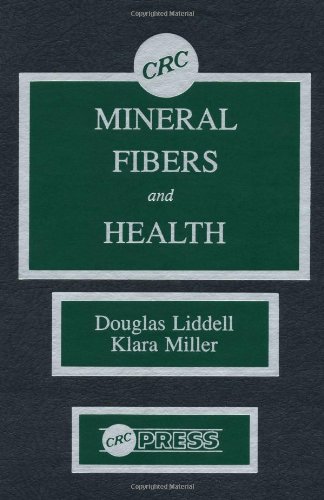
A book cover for Mineral Fibers and Health; F.D.K. Liddell; Health, Fitness & Dieting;